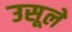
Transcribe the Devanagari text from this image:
उसूले